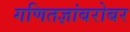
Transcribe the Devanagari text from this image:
गणितज्ञांबरोबर